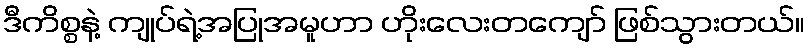
ဒီကိစ္စနဲ့ ကျုပ်ရဲ့အပြုအမူဟာ ဟိုးလေးတကျော် ဖြစ်သွားတယ်။